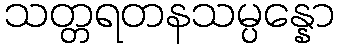
သတ္တရတနသမ္ပန္နော